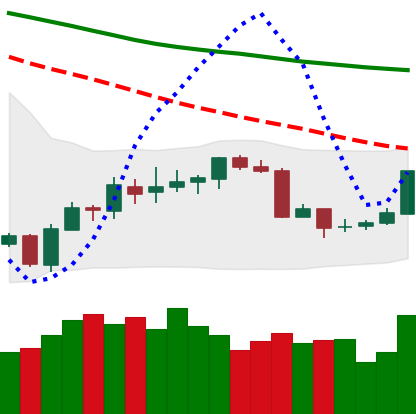
Ticker: BTC-USD
Chart end date: 2018-07-16
Forward return: 10.05%
Label: up_7plus